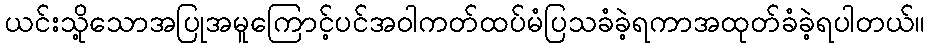
ယင်းသို့သောအပြုအမူကြောင့်ပင်အဝါကတ်ထပ်မံပြသခံခဲ့ရကာအထုတ်ခံခဲ့ရပါတယ်။